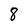
Character: 8